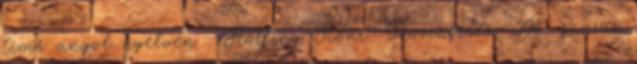
time angol nyelven . Rolling Stone. Hozzáférés: 2011. június